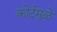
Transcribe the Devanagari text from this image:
कोर्टमुळे